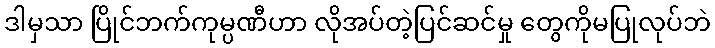
ဒါမှသာ ပြိုင်ဘက်ကုမ္ပဏီဟာ လိုအပ်တဲ့ပြင်ဆင်မှု တွေကိုမပြုလုပ်ဘဲ